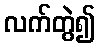
လက်တွဲ၍